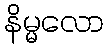
နိမ္မလော